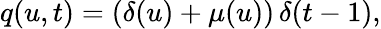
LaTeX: q(u,t)=(\delta(u)+\mu(u))\, \delta(t-1),